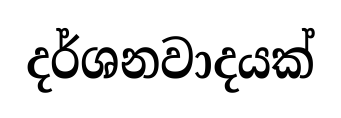
දර්ශනවාදයක්